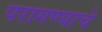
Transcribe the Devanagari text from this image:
परागण्याचे